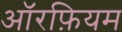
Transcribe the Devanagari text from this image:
ऑरफ़ियम